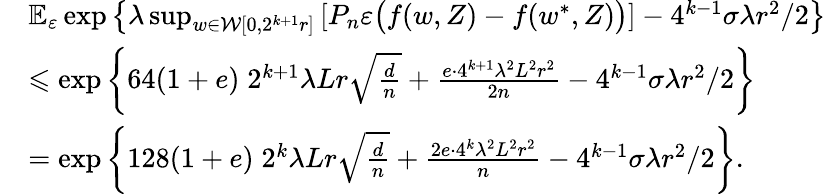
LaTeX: \begin{array}{rl}&{\mathbb E_{\varepsilon}\exp\left\{ \lambda\operatorname*{sup}_{w\in\mathcal W[0,2^{k+1}r]}\left[P_{n}\varepsilon\big(f(w,Z)-f(w^{*},Z)\big)\right]-4^{k-1}\sigma\lambda r^{2}/2\right\} }\\ &{\leqslant\exp\left\{ 64(1+e)\; 2^{k+1}\lambda Lr\sqrt{\frac{d}n}+\frac{e\cdot 4^{k+1}\lambda^{2}L^{2}r^{2}}{2n}-4^{k-1}\sigma\lambda r^{2}/2\right\} }\\ &{=\exp\left\{ 128(1+e)\; 2^{k}\lambda Lr\sqrt{\frac{d}n}+\frac{2e\cdot 4^{k}\lambda^{2}L^{2}r^{2}}{n}-4^{k-1}\sigma\lambda r^{2}/2\right\} .}\end{array}